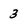
Character: 3